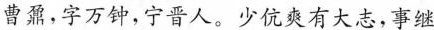
曹鼐，字万钟，宁晋人。少优爽有大志，事继